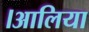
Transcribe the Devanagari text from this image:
।आलिया